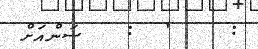
:    '  :   ސަންއަށް